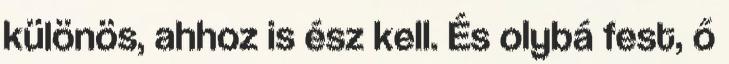
különös, ahhoz is ész kell. És olybá fest, ő